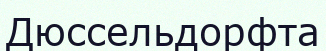
Дюссельдорфта